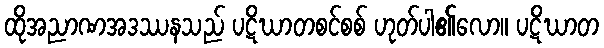
ထိုအညာဏအဒဿနသည် ပဋိဃာတစင်စစ် ဟုတ်ပါ၏လော။ ပဋိဃာတ